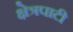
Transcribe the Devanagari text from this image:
क्षेत्रपाटी